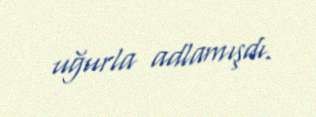
uğurla adlamışdı.